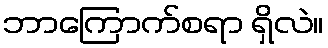
ဘာကြောက်စရာ ရှိလဲ။